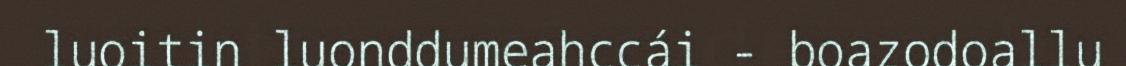
luoitin luonddumeahccái - boazodoallu